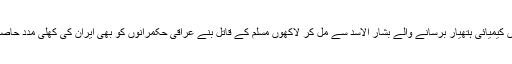
شام میں کیمیائی ہتھیار برسانے والے بشار الاسد سے مل کر لاکھوں مسلم کے قاتل بنے عراقی حکمرانوں کو بھی ایران کی کھلی مدد حاصل ہے ۔